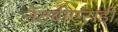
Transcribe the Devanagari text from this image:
नेटबीएसडी